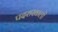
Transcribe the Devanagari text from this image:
पदराखाली